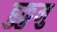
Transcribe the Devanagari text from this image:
हुकुमु